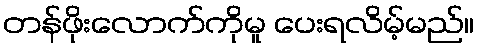
တန်ဖိုးလောက်ကိုမူ ပေးရလိမ့်မည်။